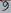
Text: 9